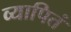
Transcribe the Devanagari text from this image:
व्यापितं